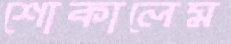
শোকালেম